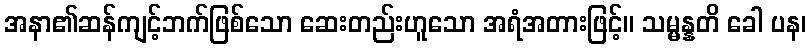
အနာ၏ဆန်ကျင့်ဘက်ဖြစ်သော ဆေးတည်းဟူသော အရံအတားဖြင့်။ သမ္မန္နတိ ခေါ ပန၊